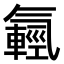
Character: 𣱮